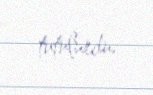
tutulurdu.